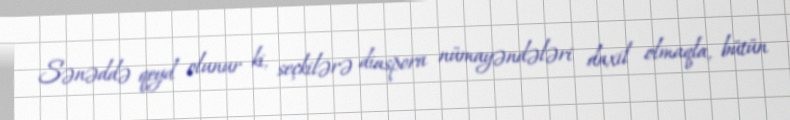
Sənəddə qeyd olunur ki, seçkilərə diaspora nümayəndələri daxil olmaqla, bütün